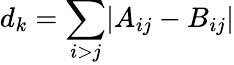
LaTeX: d_{k}=\sum_{i>j}\lvert A_{ij}-B_{ij}\rvert